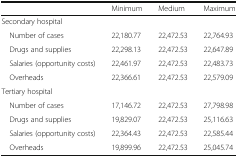
<table><thead><tr><td></td><td><b>Minimum</b></td><td><b>Medium</b></td><td><b>Maximum</b></td></tr></thead><tbody><tr><td colspan="4">Secondary hospital</td></tr><tr><td> Number of cases</td><td>22,180.77</td><td>22,472.53</td><td>22,764.93</td></tr><tr><td> Drugs and supplies</td><td>22,298.13</td><td>22,472.53</td><td>22,647.89</td></tr><tr><td> Salaries (opportunity costs)</td><td>22,461.97</td><td>22,472.53</td><td>22,483.73</td></tr><tr><td> Overheads</td><td>22,366.61</td><td>22,472.53</td><td>22,579.09</td></tr><tr><td colspan="4">Tertiary hospital</td></tr><tr><td> Number of cases</td><td>17,146.72</td><td>22,472.53</td><td>27,798.98</td></tr><tr><td> Drugs and supplies</td><td>19,829.07</td><td>22,472.53</td><td>25,116.63</td></tr><tr><td> Salaries (opportunity costs)</td><td>22,364.43</td><td>22,472.53</td><td>22,585.44</td></tr><tr><td> Overheads</td><td>19,899.96</td><td>22,472.53</td><td>25,045.74</td></tr></tbody></table>